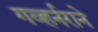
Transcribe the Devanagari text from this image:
गव्हर्नराने